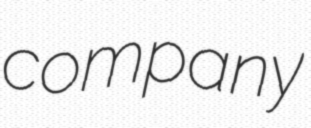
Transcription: company